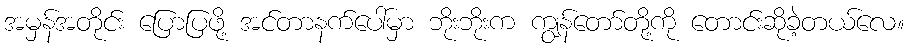
အမှန်အတိုင်း ပြောပြဖို့ အင်တာနက်ပေါ်မှာ ဘိုးဘိုးက ကျွန်တော်တို့ကို တောင်းဆိုခဲ့တယ်လေ။